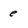
Character: e